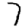
Digit: 7